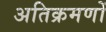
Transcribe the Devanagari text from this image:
अतिक्रमणों